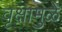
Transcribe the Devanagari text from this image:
वृक्षामुळे